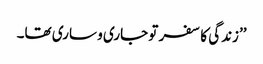
’’زندگی کا سفر تو جاری و ساری تھا۔